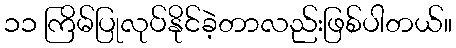
၁၁ ကြိမ်ပြုလုပ်နိုင်ခဲ့တာလည်းဖြစ်ပါတယ်။